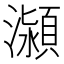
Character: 𭳕